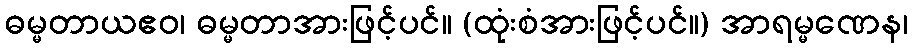
ဓမ္မတာယဧဝ၊ ဓမ္မတာအားဖြင့်ပင်။ (ထုံးစံအားဖြင့်ပင်။) အာရမ္မဏေန၊